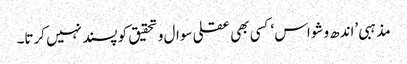
مذہبی ’اندھ وشواس ‘کسی بھی عقلی سوال و تحقیق کو پسند نہیں کرتا۔